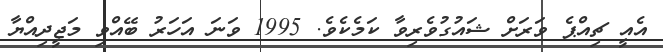
އެއީ ޗިއްޕެ ވަރަށް ޝައުގުވެރިވާ ކަމެކެވެ. 1995 ވަނަ އަހަރު ބޭއްވި މަޖީދިއްޔާ